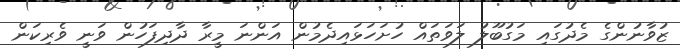
ޒުވާނުންގެ މެދުގައި މަގުބޫލު ލަވަތައް ހުށަހަޅައިދެމުން އަންނަ މީރާ ދާދިފަހުން ވަނީ ވެރިކަން